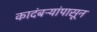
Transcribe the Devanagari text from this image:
कादंबऱ्यांपासून